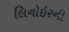
લિનોઇરની